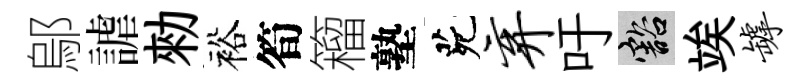
鄔謔勑裕筍籕塾茕弃吁豁竢罅